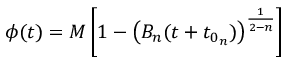
\phi ( t ) = M \left[ 1 - \left( B _ { n } ( t + t _ { 0 _ { n } } ) \right) ^ { \frac { 1 } { 2 - n } } \right]